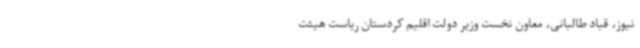
نیوز، قباد طالبانی، معاون نخست وزیر دولت اقلیم کردستان ریاست هیئت